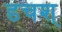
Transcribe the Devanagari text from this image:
डचश्